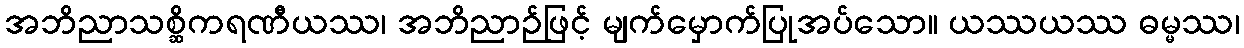
အဘိညာသစ္ဆိကရဏီယဿ၊ အဘိညာဉ်ဖြင့် မျက်မှောက်ပြုအပ်သော။ ယဿယဿ ဓမ္မဿ၊